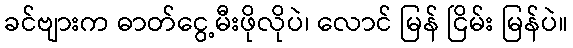
ခင်ဗျားက ဓာတ်ငွေ့မီးဖိုလိုပဲ၊ လောင် မြန် ငြိမ်း မြန်ပဲ။